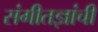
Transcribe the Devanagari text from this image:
संगीतज्ञांची